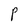
Character: P